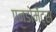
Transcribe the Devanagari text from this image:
एनडोमेंट्स